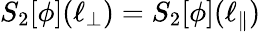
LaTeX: S_{2}[\phi](\ell_{\perp})=S_{2}[\phi](\ell_{\| })